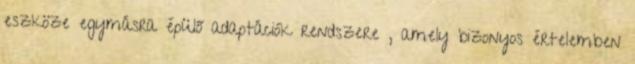
eszköze egymásra épülő adaptációk rendszere , amely bizonyos értelemben